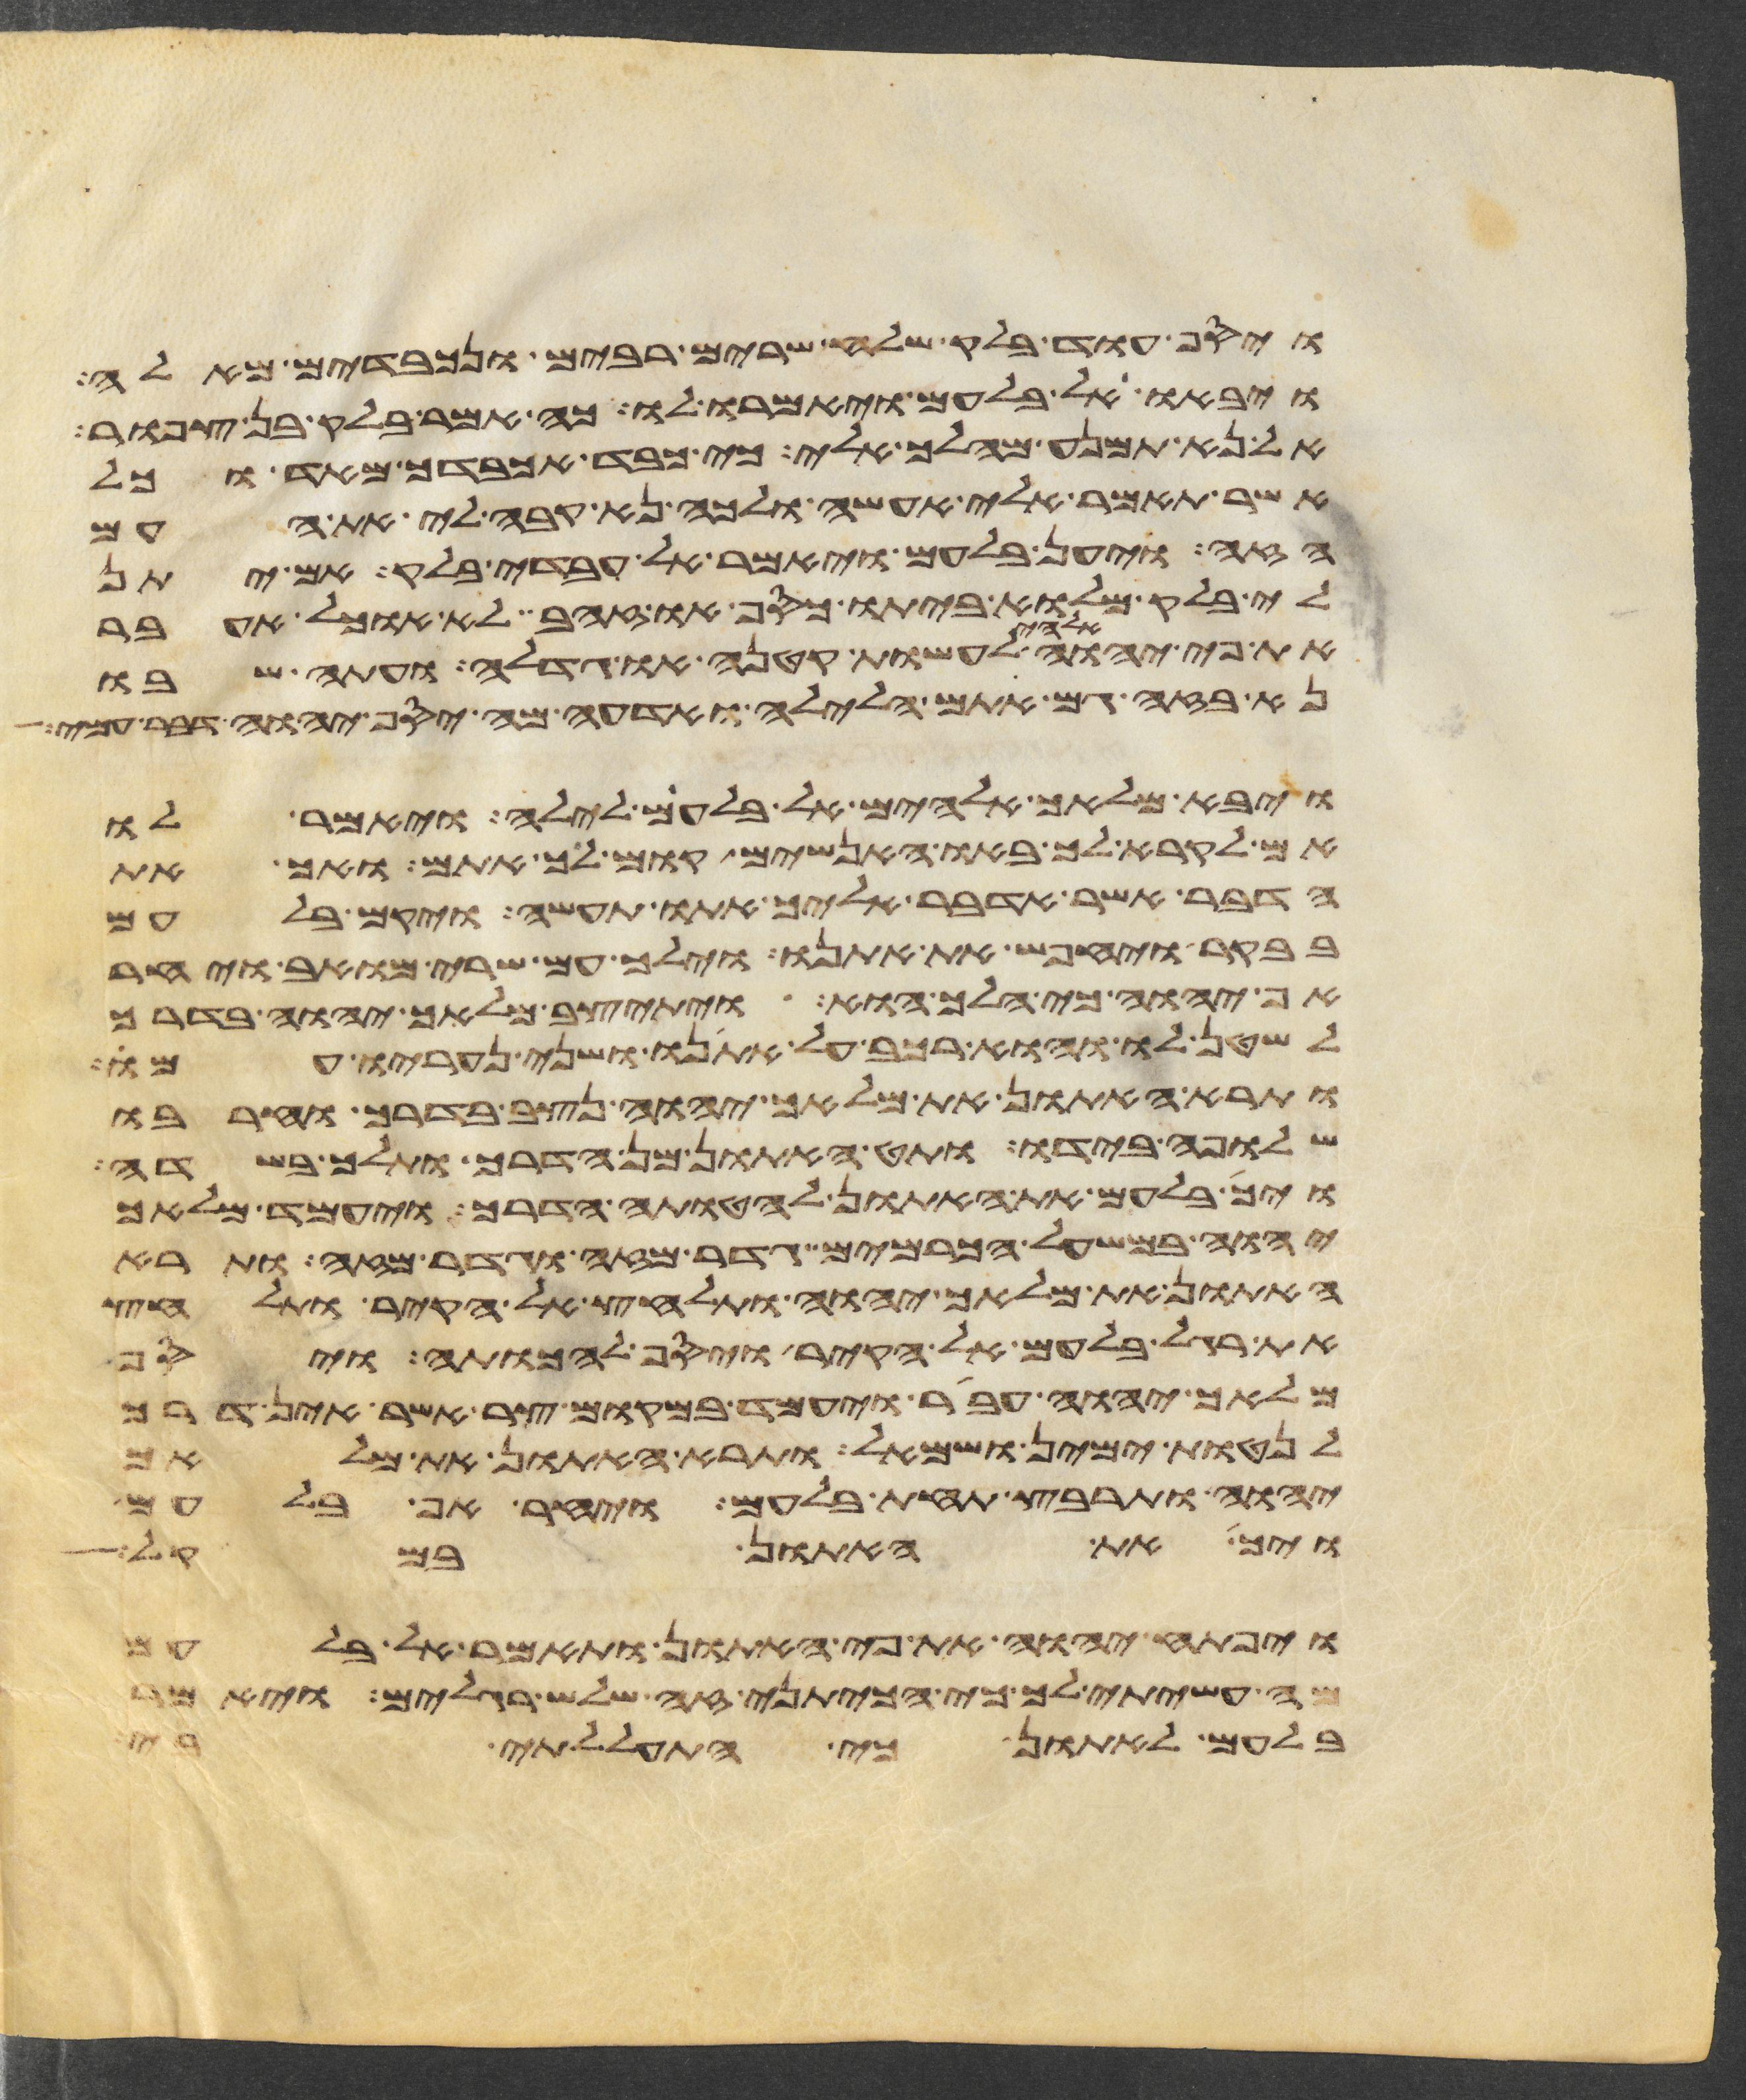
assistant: ויסף עוד בלק שלח שרים רבים ונכבדים מאלה
ויבאו אל בלעם ויאמרו לו כה אמר בלק בן צפור
אל נא תמנע מהלך אלי כי כבד אכבדך מאד וכל
אשר תאמר אלי אעשה ולכה נא קבה לי את העם
הזה ויען בלעם ויאמר אל עבדי בלק אם יתן
לי בלק מלוא ביתו כסף או זהב לא אוכל אעבר
את פי יהוה אלהי לעשות קטנה או גדלה ועתה שבו
נא בזה גם אתם הלילה ואדעה מה יסף יהוה דבר עמי
ויבא מלאך אלהים אל בלעם לילה ויאמר לו
אם לקרא לך באו האנשים קום לך אתם ואך את
הדבר אשר אדבר אליך אתו תעשה ויקם בלעם
בבקר ויחבש את אתנו וילך עם שרי מואב ויחר
אף יהוה כי הלך הוא ויתיצב מלאך יהוה בדרך
לשטן לו והוא רכב על אתנו ושני נעריו עמו
ותרא האתון את מלאך יהוה נצב בדרך וחרבו
שלופה בידו ותט האתון מן הדרך ותלך בשדה
ויך בלעם את האתון להטותה הדרך ויעמד מלאך
יהוה במשעל הכרמים גדר מזה וגדר מזה ותרא
האתון את מלאך יהוה ותלחץ אל הקיר ותלחץ
את רגל בלעם אל הקיר ויסף להכותה ויסף
מלאך יהוה עבר ויעמד במקום צר אשר אין דרך
לנטות ימין ושמאל ותרא האתון את מלאך
יהוה ותרבץ תחת בלעם ויחר אף בלעם
ויך את האתון במקל
ויפתח יהוה את פי האתון ותאמר אל בלעם
מה עשיתי לך כי הכיתני זה שלש רגלים ויאמר
בלעם לאתון כי התעללתי בי